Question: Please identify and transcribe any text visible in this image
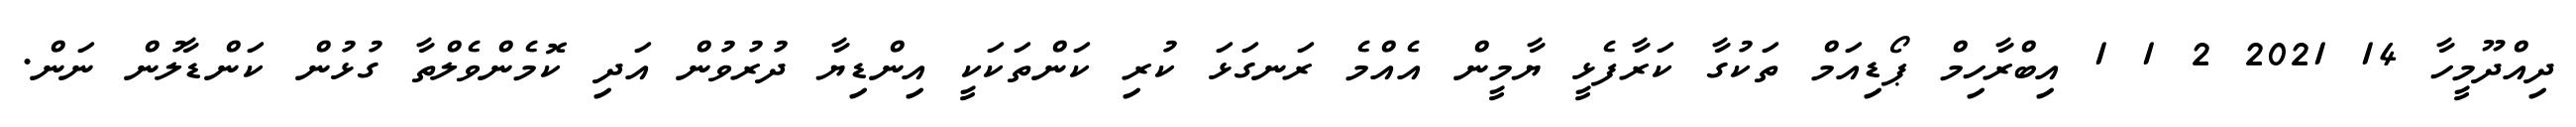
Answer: ދިއްދޫމީހާ 14 2021 2 1 1 އިބްރާހިމް ޕޯޑިއަމް ތަކުގާ ކަރާފެޅީ ޔާމީން އެއްމެ ރަނގަޅަ ކުރި ކަންތަކަކީ އިންޑިޔާ ދުރުވުން އަދި ކޮމެންވެލްތާ ގުޅުން ކަންޑާލުން ނަން.